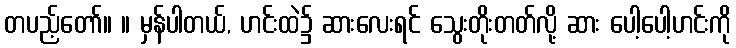
တပည့်တော်။ ။ မှန်ပါတယ်, ဟင်းထဲ၌ ဆားလေးရင် သွေးတိုးတတ်လို့ ဆား ပေါ့ပေါ့ဟင်းကို